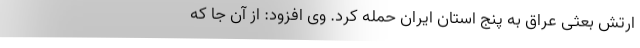
ارتش بعثی عراق به پنج استان ایران حمله کرد. وی افزود: از آن جا که